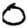
Digit: 0